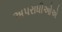
અપરાધીઓએ